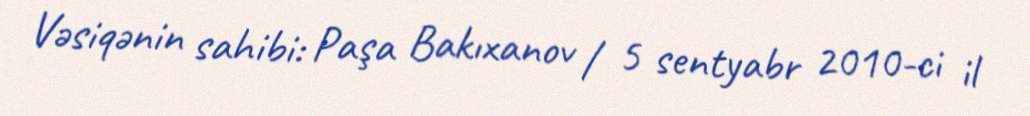
Vəsiqənin sahibi: Paşa Bakıxanov / 5 sentyabr 2010-ci il